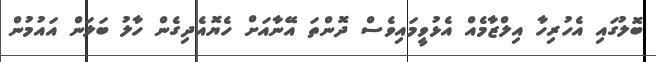
ބޮލުގައި އެހުރިހާ އިލްޒާމެއް އެޅުވީމައިވެސް ދޮންތަ އޭނާއަށް ހެޔޮއެދިގެން ހާލު ބަލަން އައުމުން